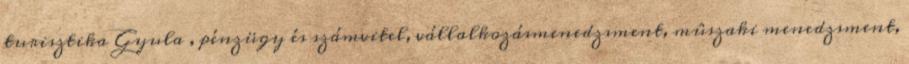
turisztika Gyula , pénzügy és számvitel, vállalkozásmenedzsment, mûszaki menedzsment,